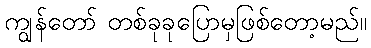
ကျွန်တော် တစ်ခုခုပြောမှဖြစ်တော့မည်။